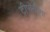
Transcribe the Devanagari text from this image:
ट्रीपोनीमा